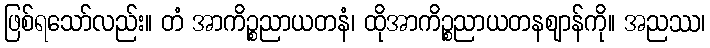
ဖြစ်ရသော်လည်း။ တံ အာကိဉ္စညာယတနံ၊ ထိုအာကိဉ္စညာယတနဈာန်ကို။ အညဿ၊